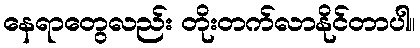
နေရာတွေလည်း တိုးတက်လာနိုင်တာပါ။